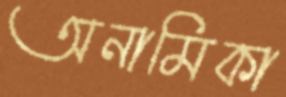
অনামিকা